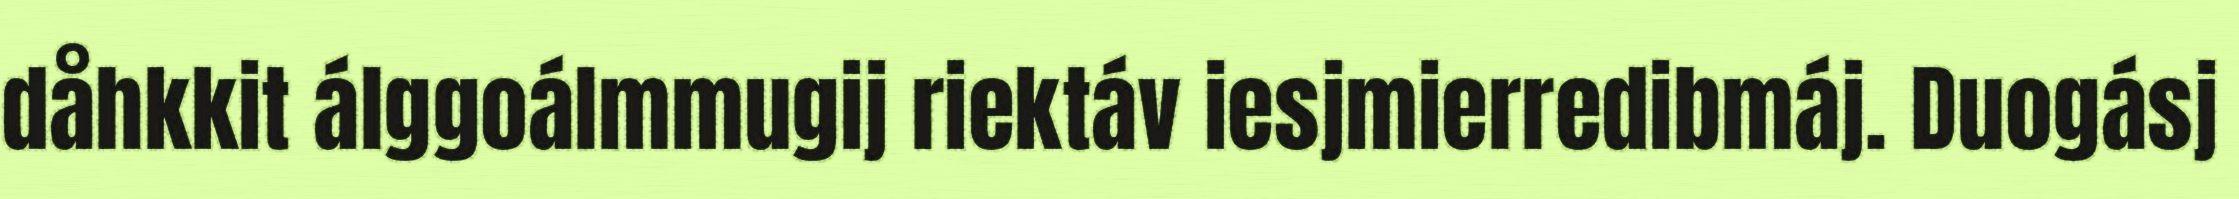
dåhkkit álggoálmmugij riektáv iesjmierredibmáj. Duogásj